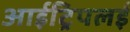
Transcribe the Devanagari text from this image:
आईट्रिपलई